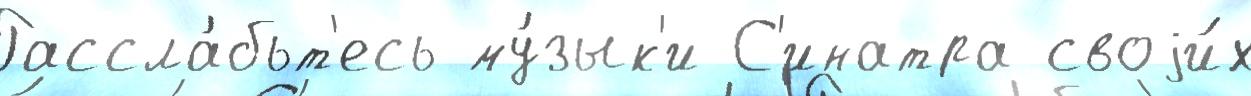
Рассла́бьт'есь му́зык'и С'инатра своjи́х